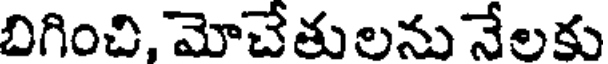
బిగించి, మోచేతులను నేలకు